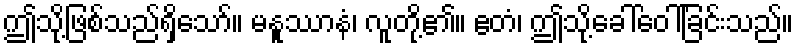
ဤသို့ဖြစ်သည်ရှိသော်။ မနူဿာနံ၊ လူတို့၏။ ဧတံ၊ ဤသို့ခေါ်ဝေါ်ခြင်းသည်။